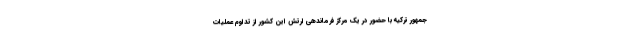
جمهور ترکیه با حضور در یک مرکز فرماندهی ارتش این کشور از تداوم عملیات